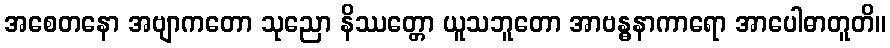
အစေတနော အဗျာကတော သုညော နိဿတ္တော ယူသဘူတော အာဗန္ဓနာကာရော အာပေါဓာတူတိ။